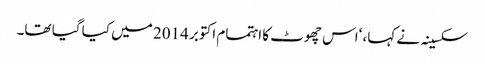
سکسینہ نے کہا، ‘اس چھوٹ کا اہتمام اکتوبر 2014 میں کیا گیا تھا۔